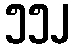
၅၅၂